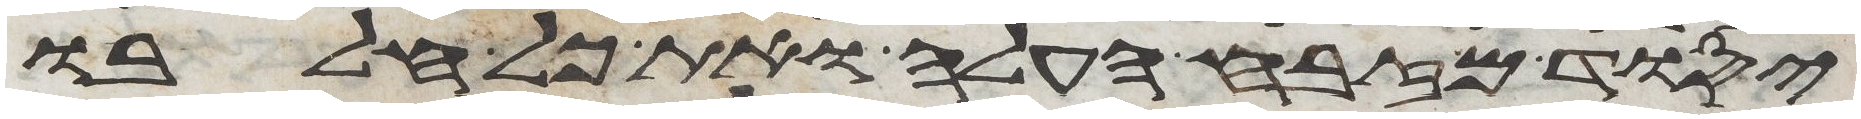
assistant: יסוד מזבח העלה ואת כל חלבו